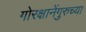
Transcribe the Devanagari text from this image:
गोरक्षानेंगुरुच्या